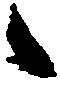
々